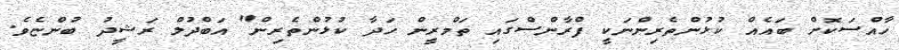
ހާއްސަކޮށް ބައެއް ކުޅުންތެރިންނަކީ ފްރާންސްގައި ތަމްރީން ހަދާ ކުޅުންތެރިން" އަބްދުލް ރަޝީދު ބުންޏެވެ.